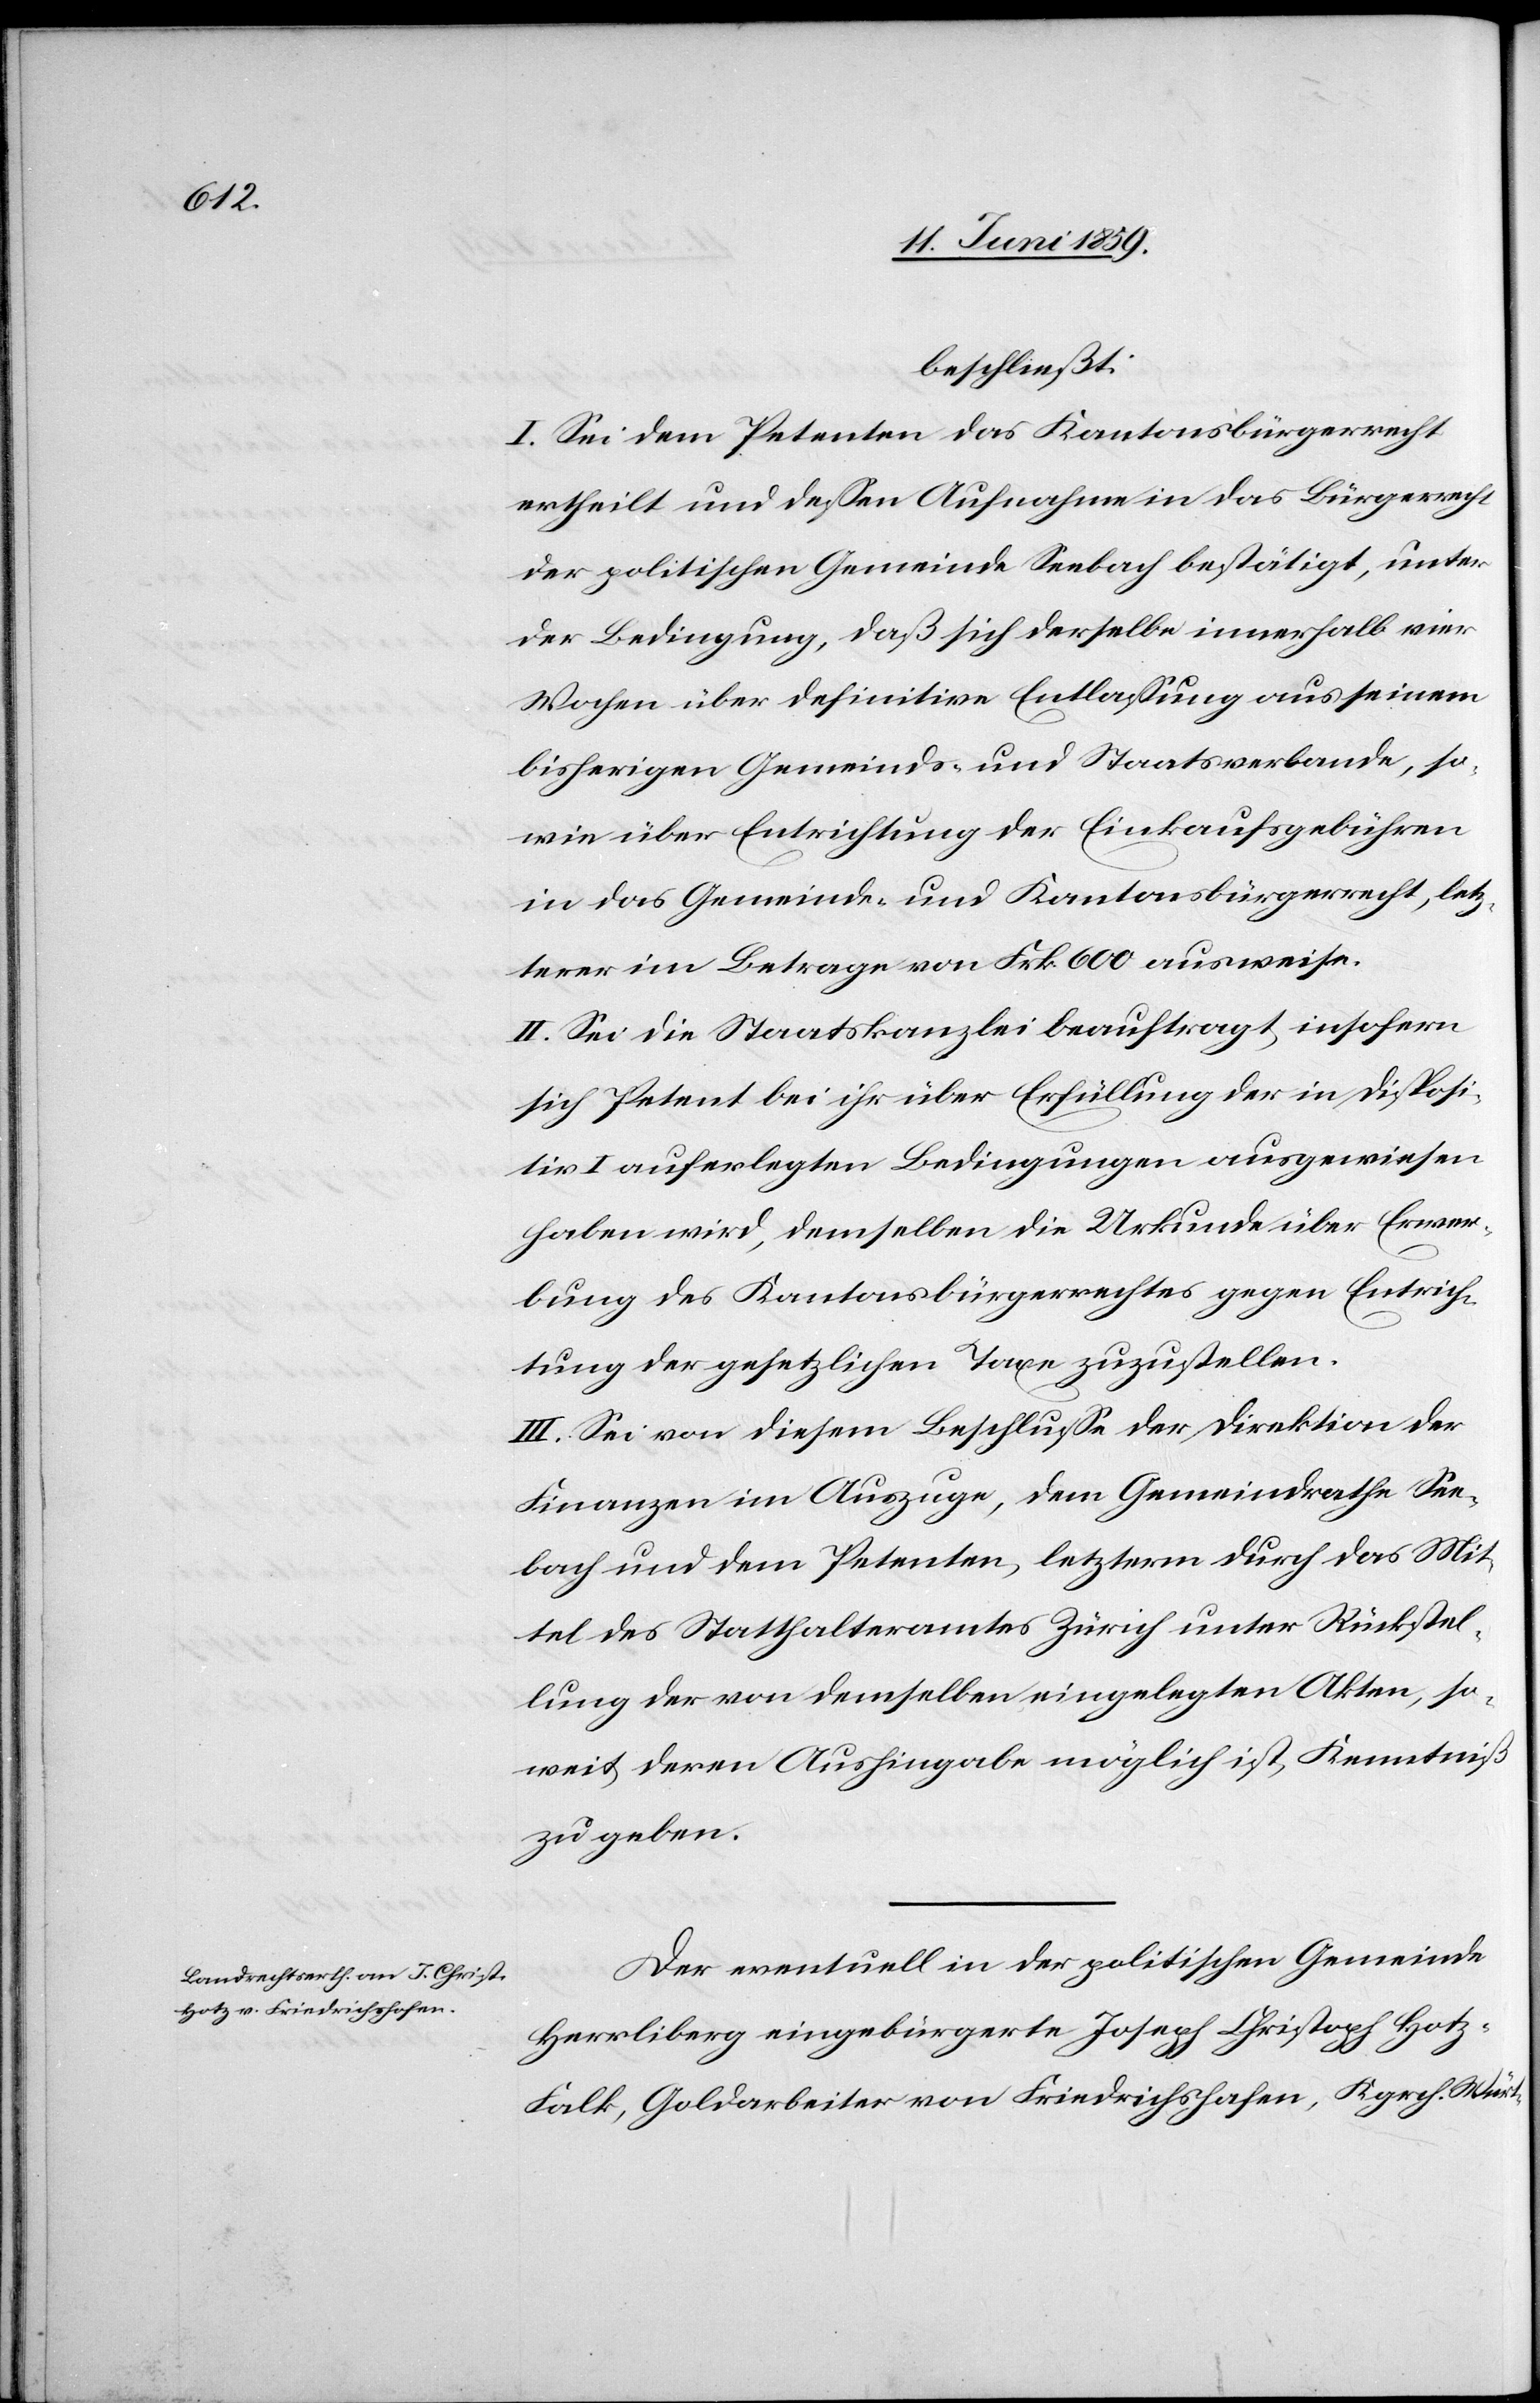
beschließt:
I. Sei dem Petenten das Kantonsbürgerrecht
ertheilt und dessen Aufnahme in das Bürgerrecht
der politischen Gemeinde Seebach bestätigt, unter
der Bedingung, daß sich derselbe innerhalb vier
Wochen über definitive Entlassung aus seinem
bisherigen Gemeinds- und Staatsverbande, so¬
wie über Entrichtung der Einkaufsgebühren
in das Gemeinde- und Kantonsbürgerrecht, letz¬
tere im Betrage von Frk. 600 ausweise.
II. Sei die Staatskanzlei beauftragt, insofern
sich Petent bei ihr über Erfüllung der in Disposi¬
tiv I auferlegten Bedingungen ausgewiesen
haben wird, demselben die Urkunde über Erwer¬
bung des Kantonsbürgerrechtes gegen Entrich¬
tung der gesetzlichen Taxen zuzustellen.
III. Sei von diesem Beschlusse der Direktion der
Finanzen im Auszuge, dem Gemeindrathe See¬
bach und dem Petenten, letzterm durch das Mit¬
tel des Statthalteramtes Zürich unter Rückstel¬
lung der von demselben eingelegten Akten, so¬
weit deren Aushingabe möglich ist, Kenntniß
zu geben.
Der eventuell in der politischen Gemeinde
Herrliberg eingebürgerte Joseph Christoph Hot¬
z-Falk, Goldarbeiter von Friedrichshafen, Kgrch. Würt-